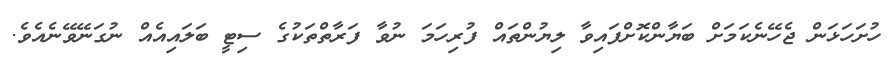
ހުށަހަޅަން ޖެހޭނެކަމަށް ބަޔާންކޮށްފައިވާ ލިޔުންތައް ފުރިހަމަ ނުވާ ފަރާތްތަކުގެ ސިޓީ ބަލައިއެއް ނުގަނޭވޭނެއެވެ.